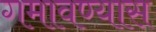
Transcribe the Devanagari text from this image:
गमावण्यास